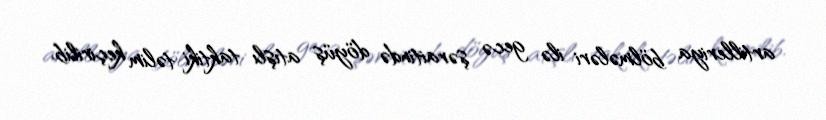
artilleriya bölmələri ilə gecə şəraitində döyüş atışlı taktiki təlim keçirilib.